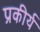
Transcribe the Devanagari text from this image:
प्रकीर्य